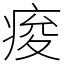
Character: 痠